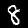
Label: 8